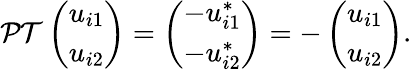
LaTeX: \mathcal{PT}\left(\begin{array}{l}{u_{i1}}\\ {u_{i2}}\end{array}\right)=\left(\begin{array}{l}{-u_{i1}^{*}}\\ {-u_{i2}^{*}}\end{array}\right)=-\left(\begin{array}{l}{u_{i1}}\\ {u_{i2}}\end{array}\right).